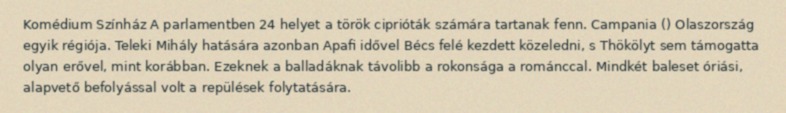
Komédium Színház A parlamentben 24 helyet a török ciprióták számára tartanak fenn. Campania () Olaszország egyik régiója. Teleki Mihály hatására azonban Apafi idővel Bécs felé kezdett közeledni, s Thökölyt sem támogatta olyan erővel, mint korábban. Ezeknek a balladáknak távolibb a rokonsága a románccal. Mindkét baleset óriási, alapvető befolyással volt a repülések folytatására.